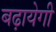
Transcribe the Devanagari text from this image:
बढ़ायेगी